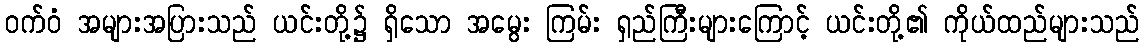
ဝက်ဝံ အများအပြားသည် ယင်းတို့၌ ရှိသော အမွေး ကြမ်း ရှည်ကြီးများကြောင့် ယင်းတို့၏ ကိုယ်ထည်များသည်